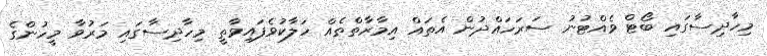
މިހާދިސާގައި ބޯޓް ވެއްޓުނު ސަރަހައްދުން އެތައް އިމާރާތްތެއް ހަލާކުވެފައިވާތީ މިހާދިސާގައި މަރުވާ މީހުންގެ